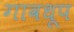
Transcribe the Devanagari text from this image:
गावधूप